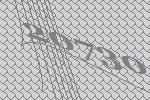
20730